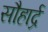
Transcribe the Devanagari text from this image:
सौहार्द्र